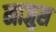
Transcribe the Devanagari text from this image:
माजुस